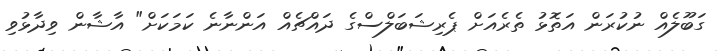
ގަބޫލެއް ނުކުރަން އަތޮޅު ތެރެއަށް ޕެރިޝަބަލްސްގެ ދައްޗެއް އަންނާނެ ކަމަކަށް" އާޝާން ވިދާޅުވި